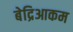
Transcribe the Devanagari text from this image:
बेद्रिआकम